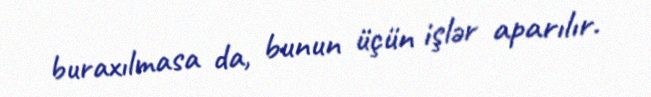
buraxılmasa da, bunun üçün işlər aparılır.